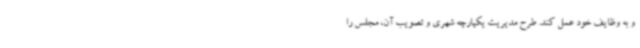
و به وظایف خود عمل کند. طرح مدیریت یکپارچه شهری و تصویب آن، مجلس را